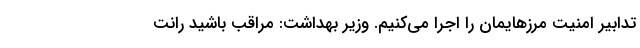
تدابیر امنیت مرزهایمان را اجرا می‌کنیم. وزیر بهداشت: مراقب باشید رانت